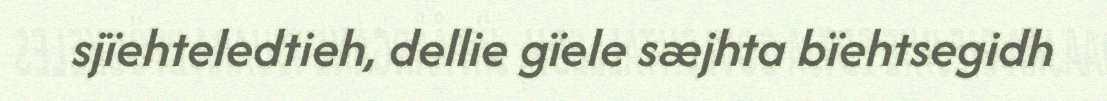
sjïehteledtieh, dellie gïele sæjhta bïehtsegidh